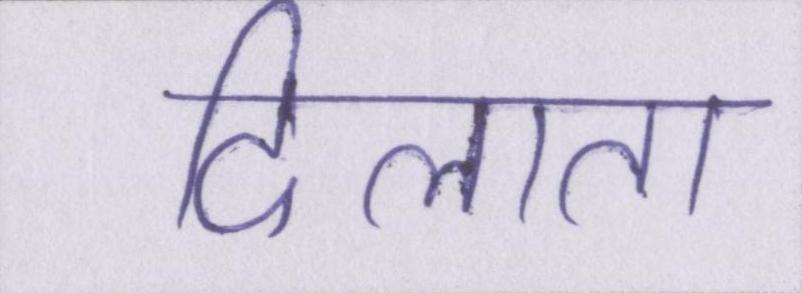
दिलाता